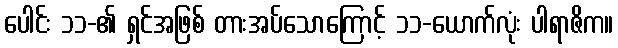
ပေါင်း ၁၁-၏ ရှင်အဖြစ် တားအပ်သောကြောင့် ၁၁-ယောက်လုံး ပါရာဇိက။